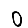
Digit: 0